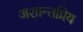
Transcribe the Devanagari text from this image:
अशान्तप्रिय